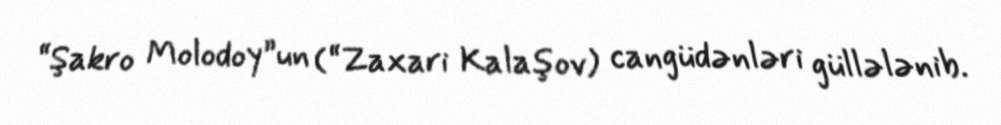
“Şakro Molodoy”un (“Zaxari Kalaşov) cangüdənləri güllələnib.